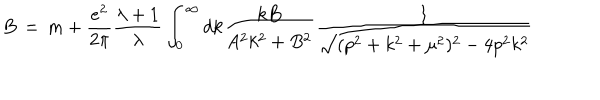
LaTeX: B \, = \, m + \frac { e ^ { 2 } } { 2 \pi } \frac { \lambda + 1 } { \lambda } \int _ { 0 } ^ { \infty } d k \frac { k B } { A ^ { 2 } k ^ { 2 } + B ^ { 2 } } \frac { 1 } { \sqrt { ( p ^ { 2 } + k ^ { 2 } + \mu ^ { 2 } ) ^ { 2 } - 4 p ^ { 2 } k ^ { 2 } } }